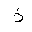
Letter: _thal